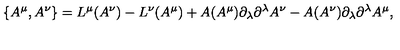
\{ A ^ { \mu } , A ^ { \nu } \} = L ^ { \mu } ( A ^ { \nu } ) - L ^ { \nu } ( A ^ { \mu } ) + A ( A ^ { \mu } ) \partial _ { \lambda } \partial ^ { \lambda } A ^ { \nu } - A ( A ^ { \nu } ) \partial _ { \lambda } \partial ^ { \lambda } A ^ { \mu } ,